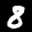
Label: 8